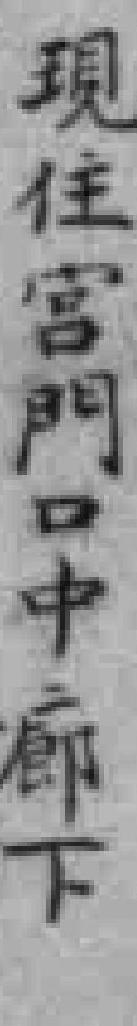
现住宫門口中廊下